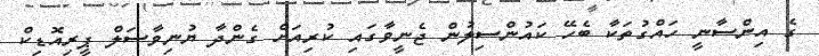
ގެ އިންސާނީ ހައްގުތަކާ ބެހޭ ކައުންސިލުން ޖެނީވާގައި ކުރިއަށް ގެންދާ ޔުނިވާސަލް ޕީރިއޮޑިކް